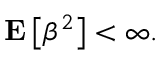
{ \bf E } \left[ \beta ^ { 2 } \right] < \infty .